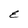
Character: E